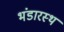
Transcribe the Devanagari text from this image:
भंडारस्थ